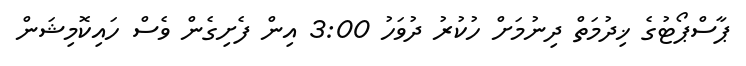
ޕާސްޕޯޓުގެ ޚިދުމަތް ދިނުމަށް ހުކުރު ދުވަހު 3:00 އިން ފެށިގެން ވެސް ހައިކޮމިޝަން